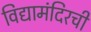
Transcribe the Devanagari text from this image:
विद्यामंदिरची